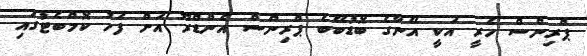
ޕްރިންސް ހެރީ އަކީ އޭނާގެ ބޮޑުބޭބެ ޕްރިންސް އެންޑްރޫ އަށް ފަހު ކޮމްބެޓުގައި